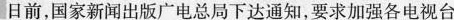
日前，国家新闻出版广电总局下达通知，要求加强各电视台